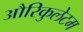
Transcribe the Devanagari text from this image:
औरिकुलेटम